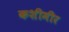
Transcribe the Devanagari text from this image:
कशीमीर